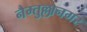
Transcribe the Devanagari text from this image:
नैम्तुल्लानगर